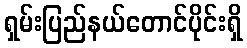
ရှမ်းပြည်နယ်တောင်ပိုင်းရှိ